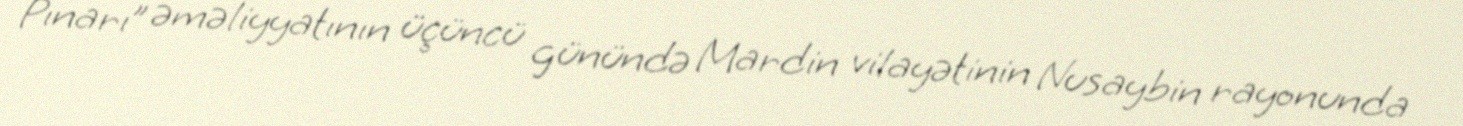
Pınarı” əməliyyatının üçüncü günündə Mardin vilayətinin Nusaybin rayonunda